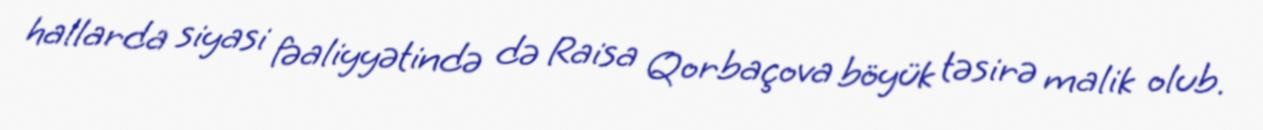
hallarda siyasi fəaliyyətində də Raisa Qorbaçova böyük təsirə malik olub.